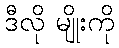
ဒီလို မျိုးကို